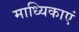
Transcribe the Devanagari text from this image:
माध्यिकाएं